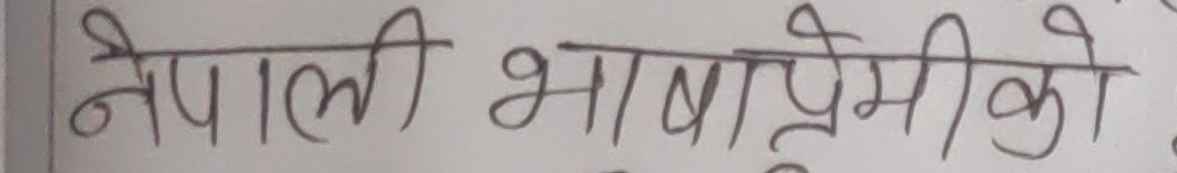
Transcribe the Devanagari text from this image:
नेपाली भाषाप्रेमीको